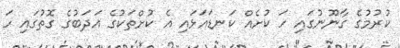
ކުރުމުގެ ގާނޫނުގައި ހަ ކުށެއް ކަނޑައަޅައި އެ ކުށްތަކުގެ އަދަބުގެ ގޮތުގައި ހަ